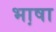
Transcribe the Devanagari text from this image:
भा़षा